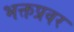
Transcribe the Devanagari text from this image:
भक्तप्रवर